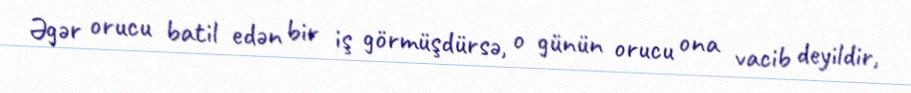
Əgər orucu batil edən bir iş görmüşdürsə, o günün orucu ona vacib deyildir,